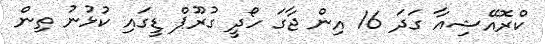
ކްރޮއޭޝިއާ ގަދަ 16 އިން ޖާގަ ހޯދީ ގުރޫޕް ޑީގައި ކުޅުނު ތިން